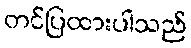
တင်ပြထားပါသည်